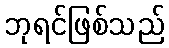
ဘုရင်ဖြစ်သည်